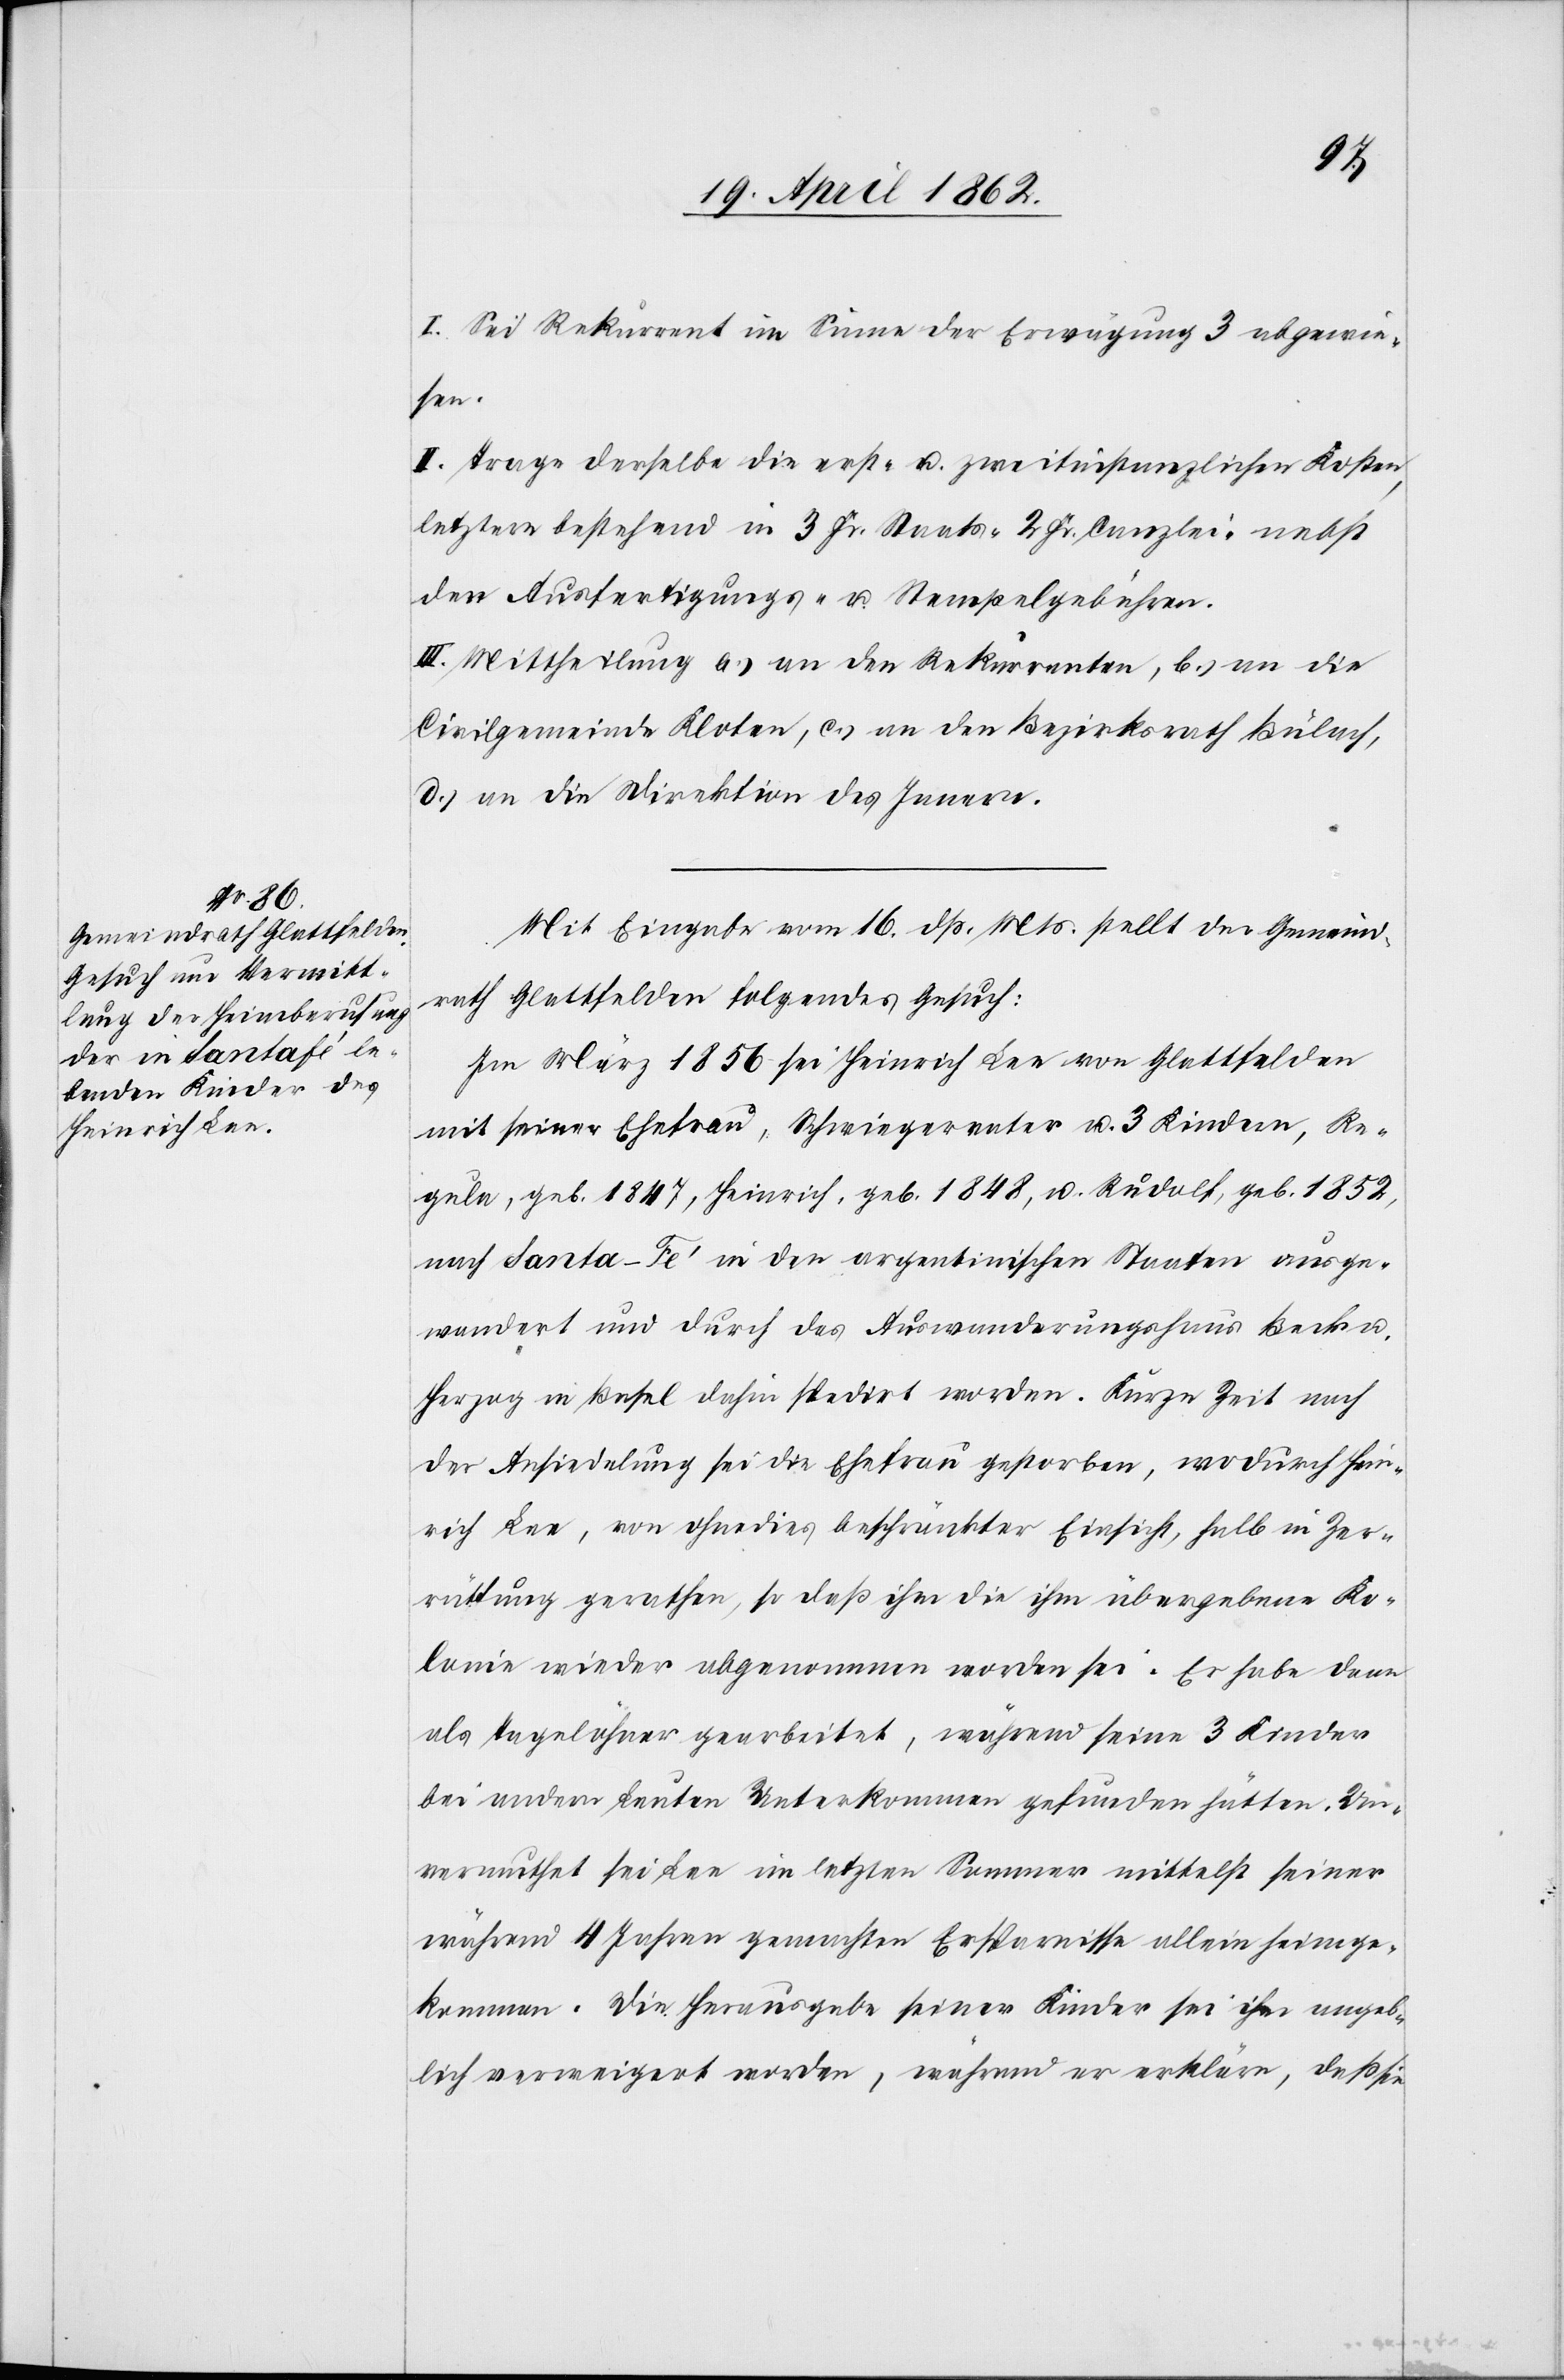
I. Sei Rekurrent im Sinne der Erwägung 3 abgewie¬
sen.
II. Trage derselbe die erst- u. zweitinstanzlichen Kosten,
letztere bestehend in 3 Fr. Staats-[,] 2 Fr. Canzlei- nebst
den Ausfertigungs- u. Stempelgebühren.
III. Mittheilung a.) an den Rekurrenten, b.) an die
Civilgemeinde Kloten, c.) an den Bezirksrath Bülach,
d.) an die Direktion des Innern.
Mit Eingabe vom 16. dß. Mts. stellt der Gemeind¬
rath Glattfelden folgendes Gesuch:
Im März 1856 sei Heinrich Lee von Glattfelden
mit seiner Ehefrau, Schwiegervater u. Kindern, Re¬
gula, geb. 1847, Heinrich geb. 1848, u. Rudolf, geb. 1852,
nach Santa-Fé in den argentinischen Staaten ausge¬
wandert und durch das Auswanderungshaus Beck u.
Herzog in Basel dahin spedirt worden. Kurze Zeit nach
der Ansiedelung sei die Ehefrau gestorben, wodurch Hein¬
rich Lee, von ohnedies beschränkter Einsicht, halb in Zer¬
rüttung gerathen, so daß ihm die ihm übergebene Ko¬
lonie wieder abgenommen worden sei. Er habe dann
als Tagelöhner gearbeitet, während seine 3 Kinder
bei andern Leuten Unterkommen gefunden hätten. Un¬
vermuthet sei Lee im letzten Sommer mittelst seiner
während 4 Jahren gemachten Ersparnisse allein heimge¬
kommen. Die Herausgabe seiner Kinder sei ihm angeb¬
lich verweigert worden, während er erkläre, daß sie